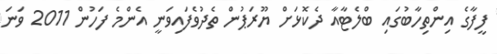
ފީފާގެ އިންތިހާބުގައި ބްލެޓާއާ ދެކޮޅަށް ޔޫރަޕުން ތެދުވެފައިވަނީ އެންމެ ފަހުން 2011 ވަނަ